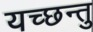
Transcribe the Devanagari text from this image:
यच्छन्तु